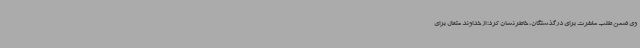
وی ضمن طلب مغفرت برای درگذشتگان، خاطرنشان کرد: از خداوند متعال برای